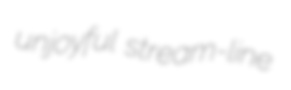
unjoyful stream-line